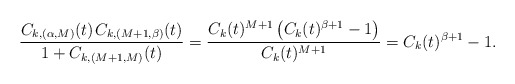
\begin{align*}\frac{C_{k,(\alpha,M)}(t) \kern+1pt C_{k,(M+1,\beta)}(t)}{1+C_{k,(M+1,M)}(t)} = \frac{C_k(t)^{M+1} \left( C_k(t)^{\beta+1} - 1 \right)}{C_k(t)^{M+1}} = C_k(t)^{\beta+1} - 1.\end{align*}